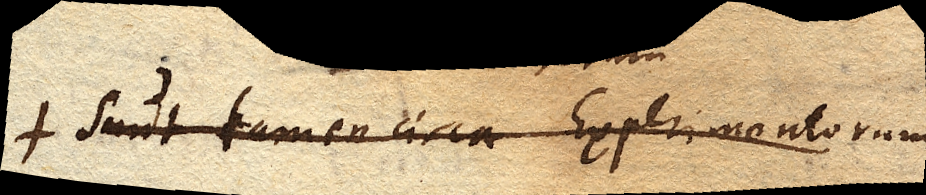
sunt tamen circa Experimentorum